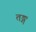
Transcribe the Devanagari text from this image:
तङ्ग